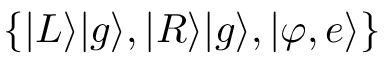
\{ | L \rangle | g \rangle , | R \rangle | g \rangle , | \varphi , e \rangle \}